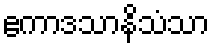
ဧကာဒသာနိသံသာ